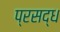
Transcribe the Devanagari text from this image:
प्रसद्ध